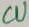
Text: CU